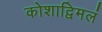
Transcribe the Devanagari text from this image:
कोशाद्विमलं